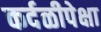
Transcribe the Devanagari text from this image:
कर्दळीपेक्षा